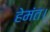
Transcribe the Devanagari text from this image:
हेमंत।